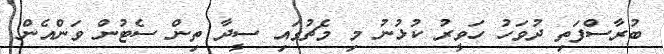
ބުރާސްފަތި ދުވަހު ހަވީރު ކުޅުނު މި މެޗުގައި ސީދާ ތިން ސެޓުން ވަންއެން